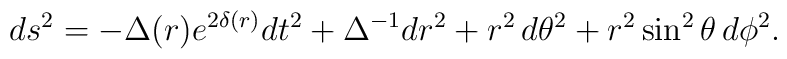
ds^{2}= -\Delta (r) e^{2\delta (r)} dt^{2} +\Delta ^{-1} dr ^{2} + r^{2} \, d\theta ^{2}+r^{2} \sin ^{2} \theta \, d\phi ^{2} .